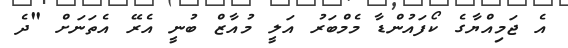
އެ ޖަމިއްޔާގެ ކޯފައުންޑާ މެމްބަރު އަލީ މުއާޒް ބުނީ އެރޭ އެތަނަށް "ދެ